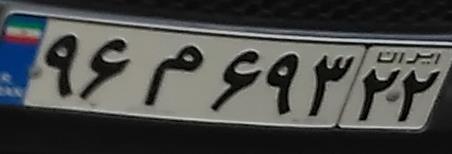
۹۶م۶۹۳۲۲